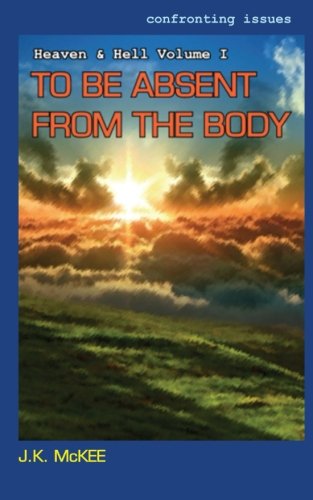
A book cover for Confronting Issues Heaven & Hell I: To Be Absent From the Body; J.K. McKee; Christian Books & Bibles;